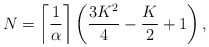
\begin{align*} N=\left\lceil{\frac{1}{\alpha}}\right\rceil\left(\frac{3K^2}{4}-\frac{K}{2}+1\right),\end{align*}